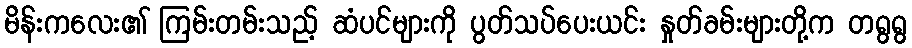
မိန်းကလေး၏ ကြမ်းတမ်းသည့် ဆံပင်များကို ပွတ်သပ်ပေးယင်း နှုတ်ခမ်းများတို့က တရွရွ